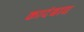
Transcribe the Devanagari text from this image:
कादंबाद्य